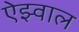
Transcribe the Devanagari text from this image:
ऐझ्वाल